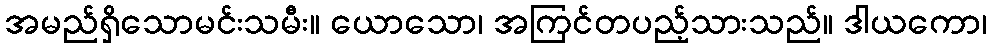
အမည်ရှိသောမင်းသမီး။ ယောသော၊ အကြင်တပည့်သားသည်။ ဒါယကော၊